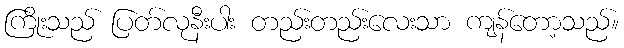
ကြိုးသည် ပြတ်လုနီးပါး တည်းတည်းလေးသာ ကျန်တော့သည်။